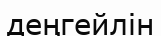
деңгейлін